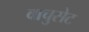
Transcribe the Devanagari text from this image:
वाचुसेट